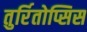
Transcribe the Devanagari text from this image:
तुर्रितोप्सिस